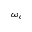
\omega _ { c }